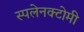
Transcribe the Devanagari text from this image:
स्पलेनक्टोमी